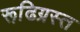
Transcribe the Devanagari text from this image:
रूढि़ग्रस्त